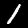
Label: 1